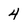
Character: 4